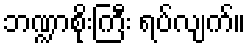
ဘဏ္ဍာစိုးကြီး ရပ်လျက်။